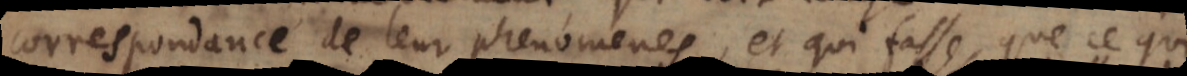
correspondance de leur phenomenes, et qui fasse, que ce qui